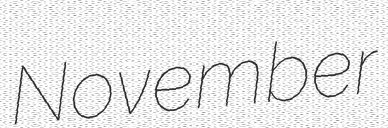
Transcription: November